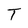
Character: T